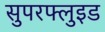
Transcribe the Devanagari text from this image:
सुपरफ्लुइड